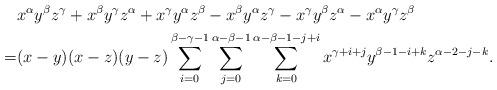
LaTeX: \begin{align*} &x^{\alpha}y^{\beta}z^{\gamma}+x^{\beta}y^{\gamma}z^{\alpha}+x^{\gamma}y^{\alpha}z^{\beta}-x^{\beta}y^{\alpha}z^{\gamma}-x^{\gamma}y^{\beta}z^{\alpha}-x^{\alpha}y^{\gamma}z^{\beta}\\=&(x-y)(x-z)(y-z)\sum_{i=0}^{\beta-\gamma-1}\sum_{j=0}^{\alpha-\beta-1}\sum_{k=0}^{\alpha-\beta-1-j+i}x^{\gamma+i+j}y^{\beta-1-i+k}z^{\alpha-2-j-k}.\end{align*}